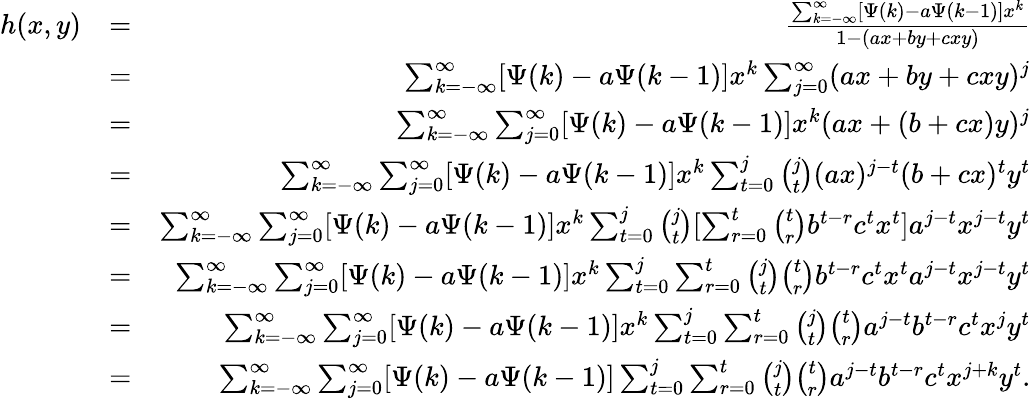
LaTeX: \begin{array}{rlr}{h(x,y)}&{=}&{\frac{\sum_{k=-\infty}^{\infty}[\Psi(k)-a\Psi(k-1)]x^{k}}{1-(ax+by+cxy)}}\\ &{=}&{\sum_{k=-\infty}^{\infty}[\Psi(k)-a\Psi(k-1)]x^{k}\sum_{j=0}^{\infty}(ax+by+cxy)^{j}}\\ &{=}&{\sum_{k=-\infty}^{\infty}\sum_{j=0}^{\infty}[\Psi(k)-a\Psi(k-1)]x^{k}(ax+(b+cx)y)^{j}}\\ &{=}&{\sum_{k=-\infty}^{\infty}\sum_{j=0}^{\infty}[\Psi(k)-a\Psi(k-1)]x^{k}\sum_{t=0}^{j}\binom{j}{t}(ax)^{j-t}(b+cx)^{t}y^{t}}\\ &{=}&{\sum_{k=-\infty}^{\infty}\sum_{j=0}^{\infty}[\Psi(k)-a\Psi(k-1)]x^{k}\sum_{t=0}^{j}\binom{j}{t}[\sum_{r=0}^{t}\binom{t}{r}b^{t-r}c^{t}x^{t}]a^{j-t}x^{j-t}y^{t}}\\ &{=}&{\sum_{k=-\infty}^{\infty}\sum_{j=0}^{\infty}[\Psi(k)-a\Psi(k-1)]x^{k}\sum_{t=0}^{j}\sum_{r=0}^{t}\binom{j}{t}\binom{t}{r}b^{t-r}c^{t}x^{t}a^{j-t}x^{j-t}y^{t}}\\ &{=}&{\sum_{k=-\infty}^{\infty}\sum_{j=0}^{\infty}[\Psi(k)-a\Psi(k-1)]x^{k}\sum_{t=0}^{j}\sum_{r=0}^{t}\binom{j}{t}\binom{t}{r}a^{j-t}b^{t-r}c^{t}x^{j}y^{t}}\\ &{=}&{\sum_{k=-\infty}^{\infty}\sum_{j=0}^{\infty}[\Psi(k)-a\Psi(k-1)]\sum_{t=0}^{j}\sum_{r=0}^{t}\binom{j}{t}\binom{t}{r}a^{j-t}b^{t-r}c^{t}x^{j+k}y^{t}.}\end{array}